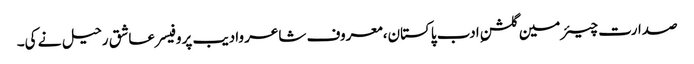
صدارت چیئرمین گلشنِ ادب پاکستان،معروف شاعر وادیب پروفیسر عاشق رحیل نے کی۔